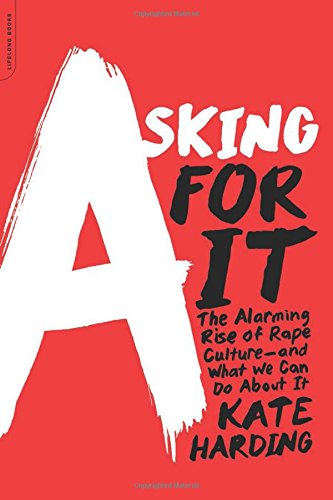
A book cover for Asking for It: The Alarming Rise of Rape Culture--and What We Can Do about It; Kate Harding; Politics & Social Sciences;